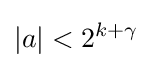
|a|<2^{k+\gamma }